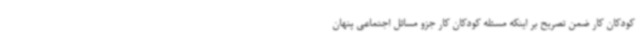
کودکان کار ضمن تصریح بر اینکه مسئله کودکان کار جزو مسائل اجتماعی پنهان